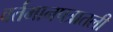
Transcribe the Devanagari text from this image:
वर्तमानपत्रातली